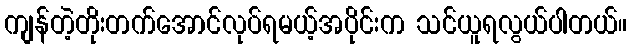
ကျန်တဲ့တိုးတက်အောင်လုပ်ရမယ့်အပိုင်းက သင်ယူရလွယ်ပါတယ်။